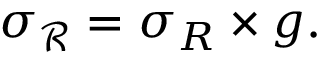
\sigma _ { \mathscr R } = \sigma _ { R } \times g .